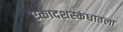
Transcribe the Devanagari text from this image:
एकादशस्‍कंधातला